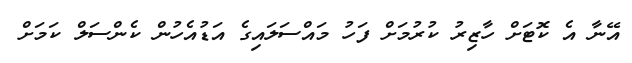
އޭނާ އެ ކޮޓަށް ހާޒިރު ކުރުމަށް ފަހު މައްސަލައިގެ އަޑުއެހުން ކެންސަލް ކަމަށް